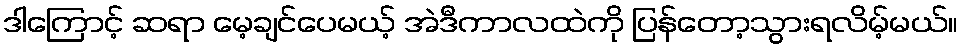
ဒါကြောင့် ဆရာ မေ့ချင်ပေမယ့် အဲဒီကာလထဲကို ပြန်တော့သွားရလိမ့်မယ်။